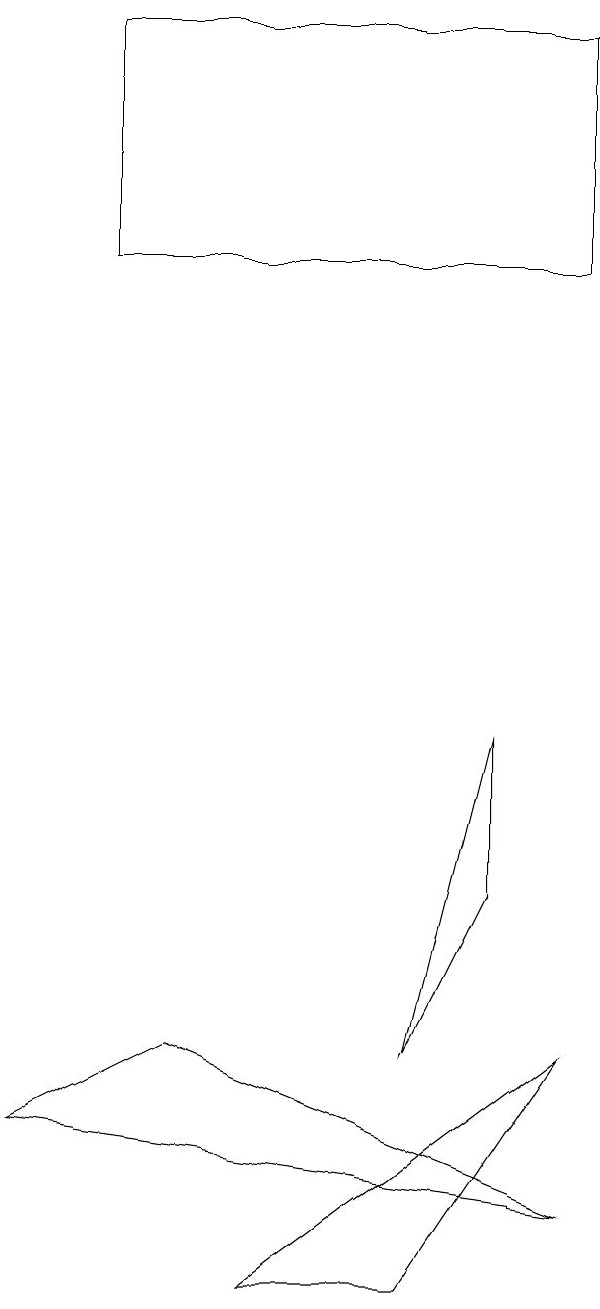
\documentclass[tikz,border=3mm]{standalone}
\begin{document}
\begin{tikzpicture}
\draw (7,8) -- (6,4) -- (7,6) -- cycle;
\draw (8,4) -- (6,1) -- (4,1) -- cycle;
\draw (8,17) rectangle (2,14);
\draw (8,2) -- (3,4) -- (1,3) -- cycle;
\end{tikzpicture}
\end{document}